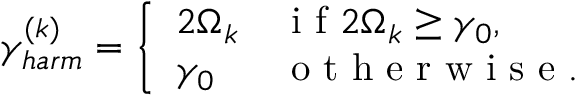
\gamma _ { h a r m } ^ { ( k ) } = \left\{ \begin{array} { l l } { 2 \Omega _ { k } } & { \mathrm { ~ i ~ f ~ } 2 \Omega _ { k } \geq \gamma _ { 0 } , } \\ { \gamma _ { 0 } } & { \mathrm { ~ o ~ t ~ h ~ e ~ r ~ w ~ i ~ s ~ e ~ . ~ } } \end{array} \right.